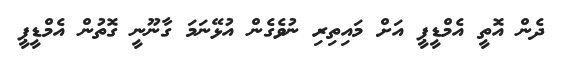
ދެން އޮތީ އެމްޑީޕީ އަށް މައިތިރި ނުވެގެން އުޅޭނަމަ ގާނޫނީ ގޮތުން އެމްޑީޕީ